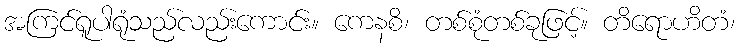
အကြင်ရူပါရုံသည်လည်းကောင်း။ ကေနစိ၊ တစ်စုံတစ်ခုဖြင့်။ တိရောဟိတံ၊